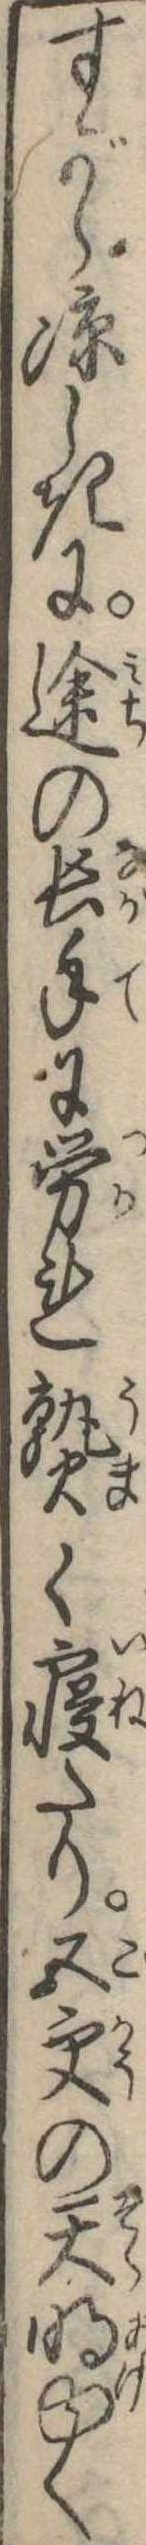
すがら涼しきに途の長手に労れ熟く寝たり五更の天明ゆく